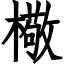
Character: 㯳